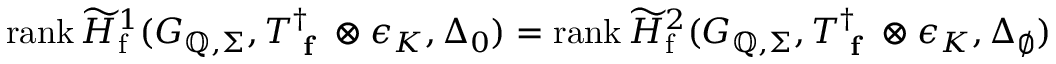
\mathrm { r a n k } \, \widetilde { H } _ { \mathrm { f } } ^ { 1 } ( G _ { \mathbb { Q } , \Sigma } , T _ { \textup { \bf f } } ^ { \dagger } \otimes \epsilon _ { K } , \Delta _ { 0 } ) = \mathrm { r a n k } \, \widetilde { H } _ { \mathrm { f } } ^ { 2 } ( G _ { \mathbb { Q } , \Sigma } , T _ { \textup { \bf f } } ^ { \dagger } \otimes \epsilon _ { K } , \Delta _ { \emptyset } )